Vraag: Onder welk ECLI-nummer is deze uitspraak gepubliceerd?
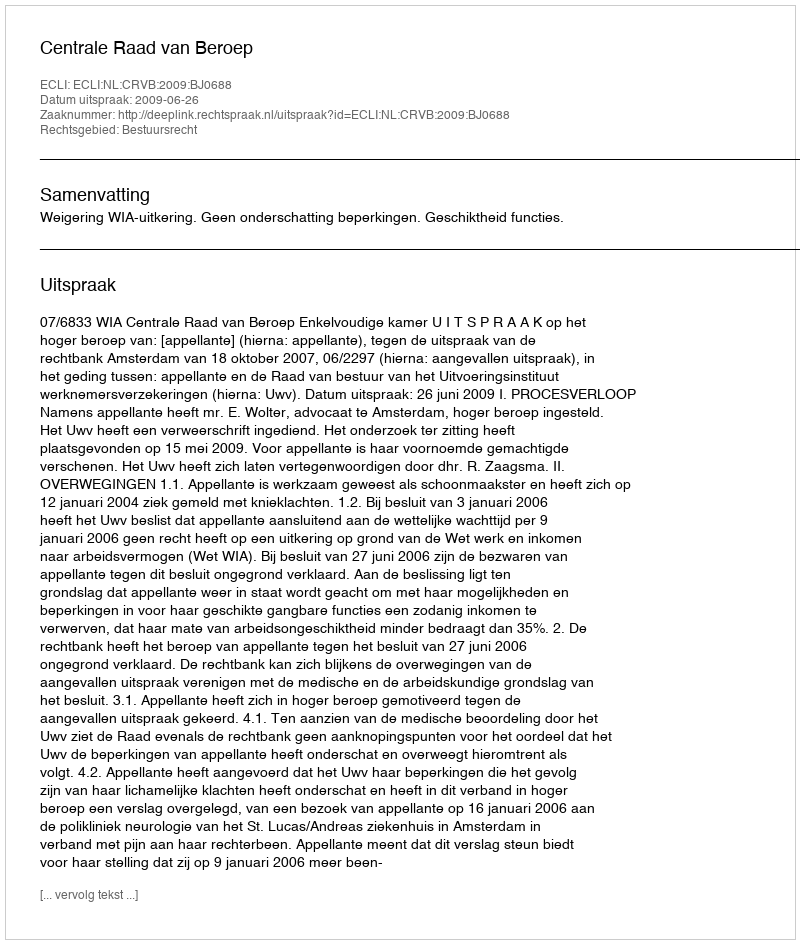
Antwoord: ECLI:NL:CRVB:2009:BJ0688